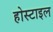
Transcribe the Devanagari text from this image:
होस्टाइल